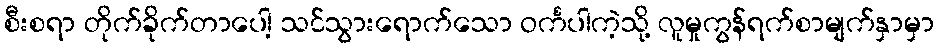
စီးစရာ တိုက်ခိုက်တာပေါ့ သင်သွားရောက်သော ဝင်္ကပါကဲ့သို့ လူမှုကွန်ရက်စာမျက်နှာမှာ